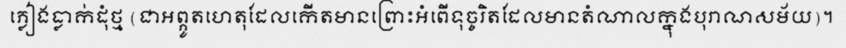
ភ្លៀងធ្លាក់ដុំថ្ម (ជាអព្ភូតហេតុដែលកើតមានព្រោះអំពើទុច្ចរិតដែលមានតំណាលក្នុងបុរាណសម័យ)។